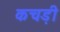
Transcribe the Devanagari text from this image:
कचड़ी